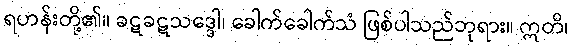
ရဟန်းတို့၏။ ခဋခဋသဒ္ဒေါ၊ ခေါက်ခေါက်သံ ဖြစ်ပါသည်ဘုရား။ ဣတိ၊